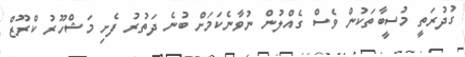
ގުދުރަތީ މުސީބާތަކުން ވެސް ގެއްލުން ނުވާނެކަމަށް ބުނެ ދަތުރު ފެށި މަޝްހޫރު ކްރޫޒް